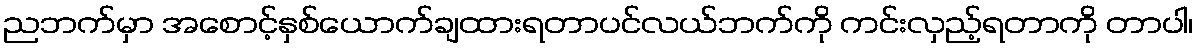
ညဘက်မှာ အစောင့်နှစ်ယောက်ချထားရတာပင်လယ်ဘက်ကို ကင်းလှည့်ရတာကို တာပါ၊